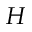
H